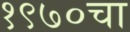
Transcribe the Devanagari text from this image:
१९७०चा